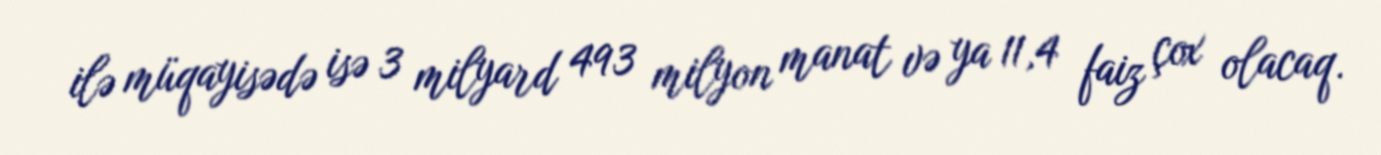
ilə müqayisədə isə 3 milyard 493 milyon manat və ya 11,4 faiz çox olacaq.